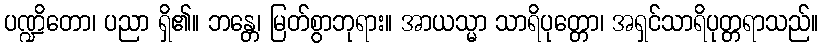
ပဏ္ဍိတော၊ ပညာ ရှိ၏။ ဘန္တေ၊ မြတ်စွာဘုရား။ အာယသ္မာ သာရိပုတ္တော၊ အရှင်သာရိပုတ္တရာသည်။